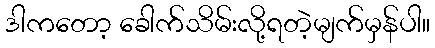
ဒါကတော့ ခေါက်သိမ်းလို့ရတဲ့မျက်မှန်ပါ။